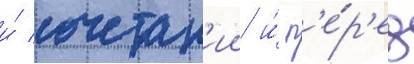
и́ сочетан'ии и́ п'е́р'ед